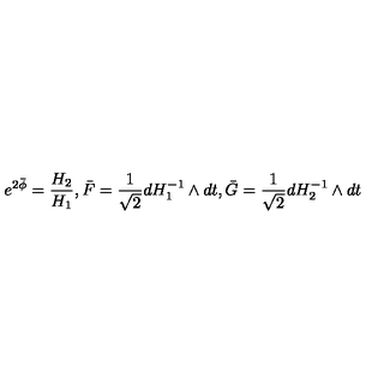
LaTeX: e ^ { 2 \bar { \phi } } = { \frac { H _ { 2 } } { H _ { 1 } } } , \bar { F } = { \frac { 1 } { \sqrt 2 } } d H _ { 1 } ^ { - 1 } \wedge d t , \bar { G } = { \frac { 1 } { \sqrt 2 } } d H _ { 2 } ^ { - 1 } \wedge d t